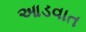
આડવાત